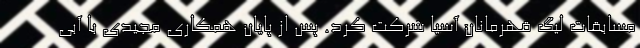
مسابقات لیگ قهرمانان آسیا شرکت کرد. پس از پایان همکاری مجیدی با آبی